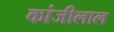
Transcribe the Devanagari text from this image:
कांजीलाल